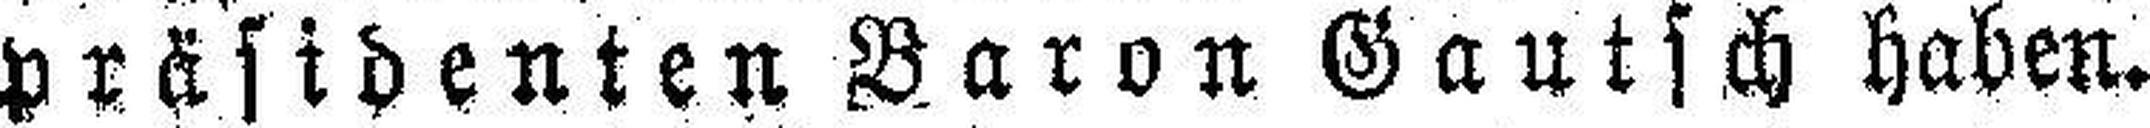
präsidenten Baron Gautsch haben.